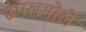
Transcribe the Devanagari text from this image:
उपलगोले